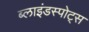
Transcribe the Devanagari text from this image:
ब्लाइंडस्पोट्स